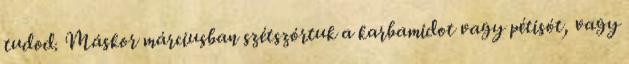
tudod. Máskor márciusban szétszórtuk a karbamidot vagy pétisót, vagy